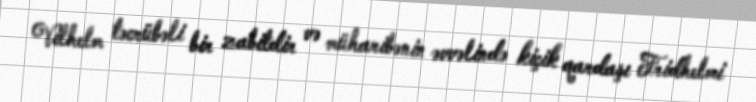
Vilhelm təcrübəli bir zabitdir və müharibənin əvvəlində kiçik qardaşı Fridhelmi